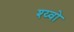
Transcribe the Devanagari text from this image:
श्य्वो